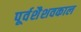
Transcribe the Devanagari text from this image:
पूर्वशैशवकाल